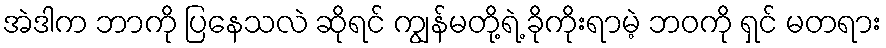
အဲဒါက ဘာကို ပြနေသလဲ ဆိုရင် ကျွန်မတို့ရဲ့ ခိုကိုးရာမဲ့ ဘဝကို ရှင် မတရား